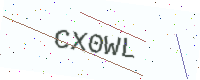
Text: CX0WL